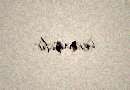
vermişdir.